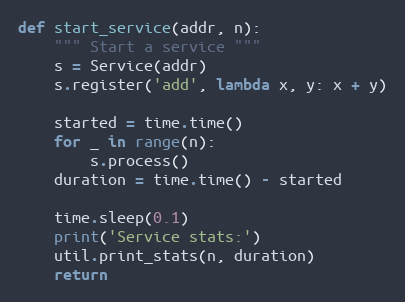
Language: Python
def start_service(addr, n):
    """ Start a service """
    s = Service(addr)
    s.register('add', lambda x, y: x + y)

    started = time.time()
    for _ in range(n):
        s.process()
    duration = time.time() - started

    time.sleep(0.1)
    print('Service stats:')
    util.print_stats(n, duration)
    return